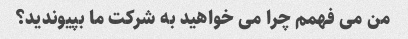
من می فهمم چرا می خواهید به شرکت ما بپیوندید؟